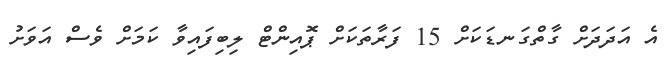
އެ އަދަދަށް ގާތްގަނޑަކަށް 15 ފަރާތަކަށް ޕޮއިންޓް ލިބިފައިވާ ކަމަށް ވެސް އަވަށު